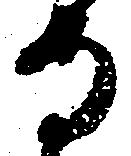
守